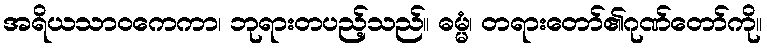
အရိယသာဝကေကာ၊ ဘုရားတပည့်သည်။ ဓမ္မံ၊ တရားတော်၏ဂုဏ်တော်ကို။